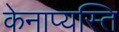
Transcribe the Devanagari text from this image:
केनाप्यस्ति